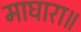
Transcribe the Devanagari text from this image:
माघारा॥